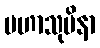
မဟာသုပိနာ